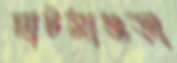
ঘাটমাগুড়া